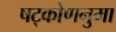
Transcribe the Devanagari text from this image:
षट्कोणनुमा